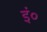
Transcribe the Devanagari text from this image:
इं०